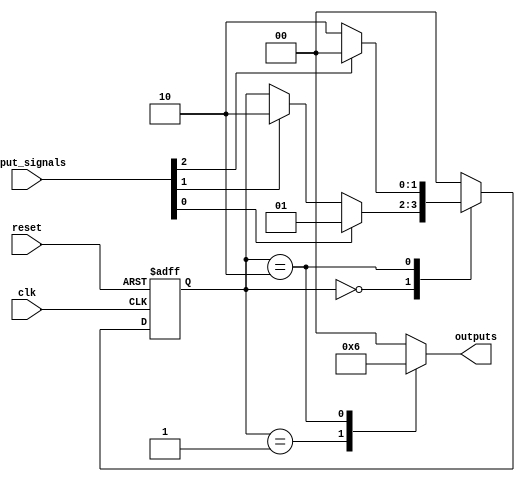
module state_machine (
    input clk,
    input reset,
    input [3:0] input_signals,
    output [1:0] outputs
);

// Define states
parameter STATE_A = 2'b00;
parameter STATE_B = 2'b01;
parameter STATE_C = 2'b10;

// Define state registers
reg [1:0] current_state;
reg [1:0] next_state;

// Define output signals
reg [1:0] output_reg;

// Priority Encoding Logic
always @*
begin
    case (current_state)
        STATE_A:
            begin
                if (input_signals[0] == 1'b1)
                    next_state = STATE_B;
                else if (input_signals[1] == 1'b1)
                    next_state = STATE_C;
                else
                    next_state = current_state;
            end
        STATE_B:
            begin
                next_state = STATE_A;
            end
        STATE_C:
            begin
                if (input_signals[2] == 1'b1)
                    next_state = STATE_A;
                else
                    next_state = STATE_C;
            end
        default:
            next_state = STATE_A;
    endcase
end

// State Transition Logic
always @(posedge clk or posedge reset)
begin
    if (reset)
        current_state <= STATE_A;
    else
        current_state <= next_state;
end

// Output Logic
always @*
begin
    case (current_state)
        STATE_A:
            output_reg = 2'b00;
        STATE_B:
            output_reg = 2'b01;
        STATE_C:
            output_reg = 2'b10;
        default:
            output_reg = 2'b00;
    endcase
end

// Assign outputs
assign outputs = output_reg;

endmodule